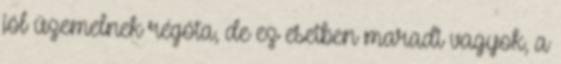
jól üzemelnek régóta, de ez esetben maradi vagyok, a